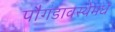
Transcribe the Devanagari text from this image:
पौगंडावस्थेमधे